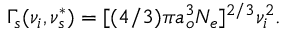
\Gamma _ { s } ( \nu _ { i } , \nu _ { s } ^ { * } ) = [ ( 4 / 3 ) \pi a _ { o } ^ { 3 } N _ { e } ] ^ { 2 / 3 } \nu _ { i } ^ { 2 } .